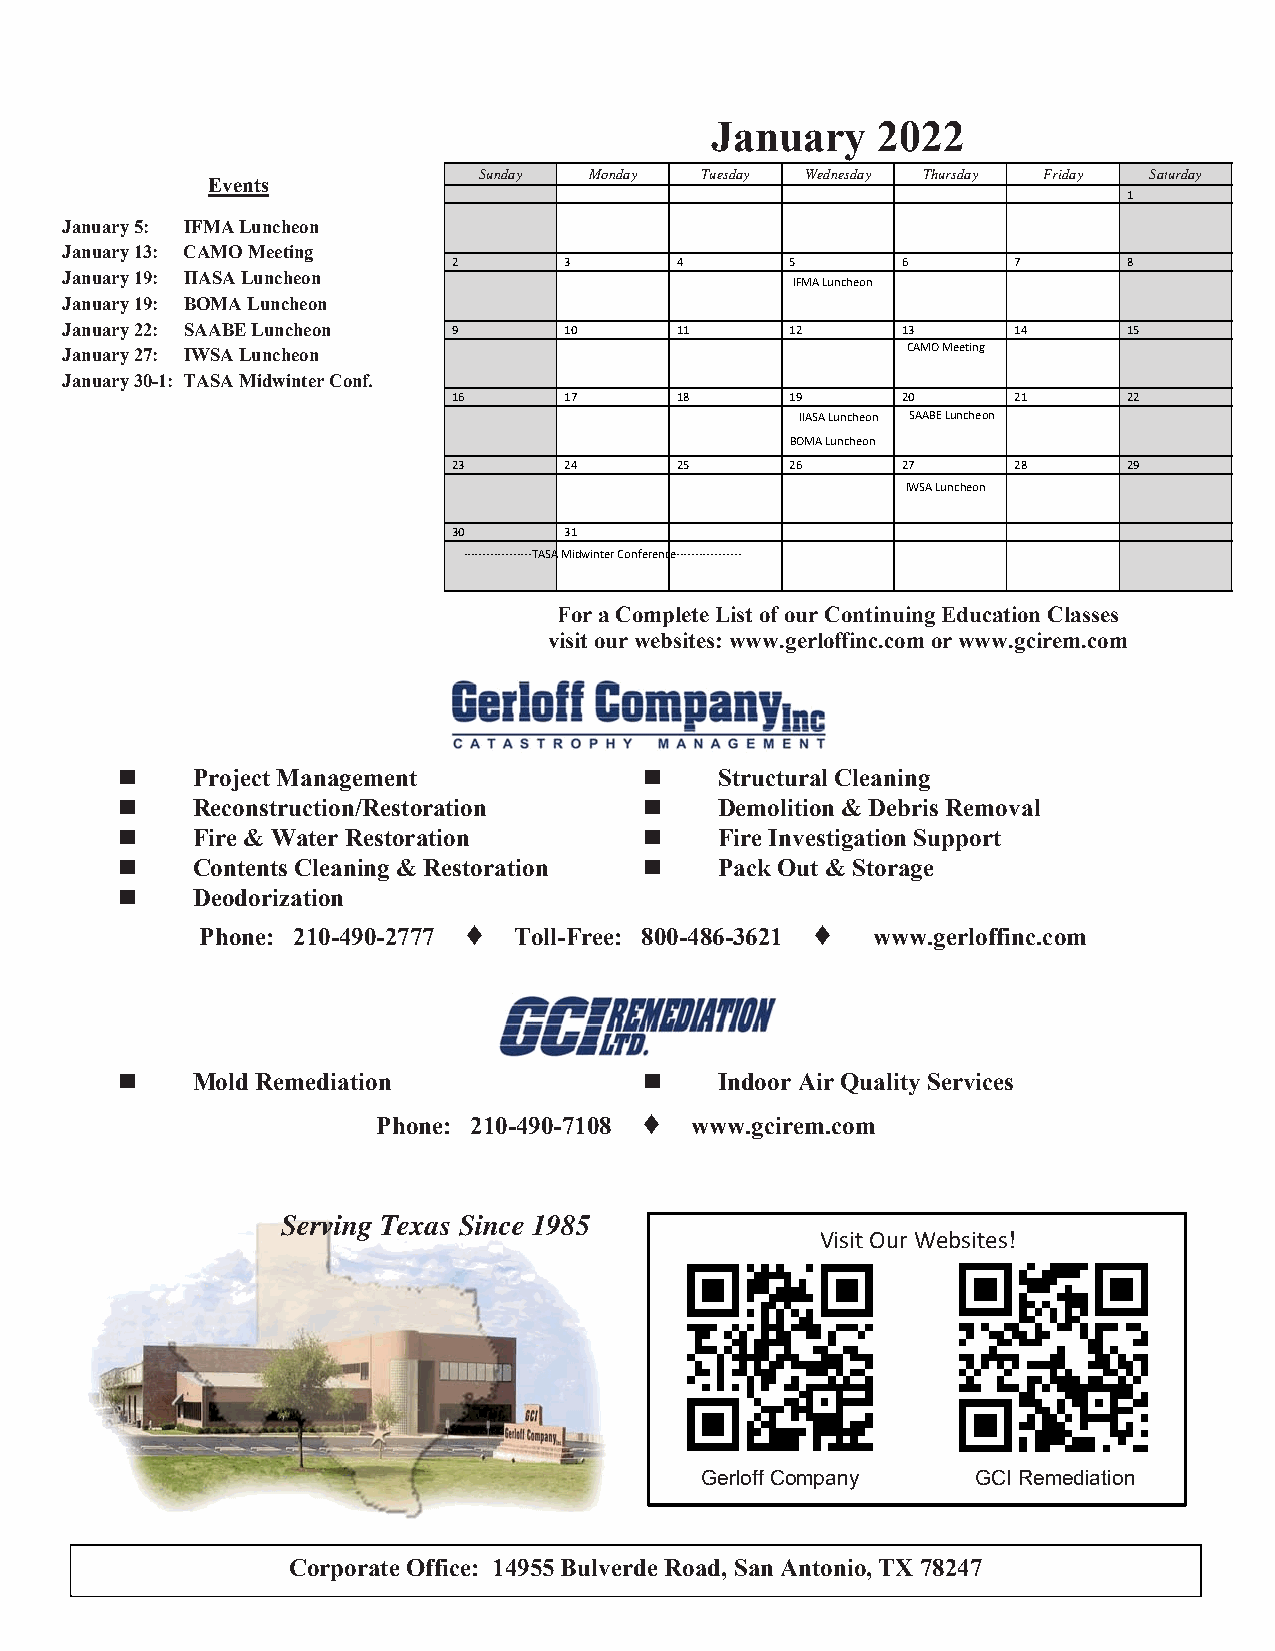
January    2022
 Eve nts
 Sunday Monday Tuesday Wednesday Thursday Friday Saturday
 1
 January 5: IFMA Luncheon
 January 13: CAMO Meeting
 2      3       4      5       6      7       8
 January 19: IIASA Luncheon
 IFMA Luncheon
 January 19: BOMA Luncheon
 January 22: SAABE Luncheon 9     10      11     12      13     14      15
 January 27: IWSA Luncheon                               CAMO Meeting
 January 30-1: TASA Midwinter Conf.
 16     17      18     19      20     21      22
 IIASA Lu ncheon SAABE Luncheon
 BOMA Luncheon
 23     24      25     26      27     28      29
 IWSA Luncheon
 30     31
 ‐‐‐‐‐‐‐‐‐‐‐‐‐‐‐‐‐‐TASA Midwinter Conference‐‐‐‐‐‐‐‐‐‐‐‐‐‐‐‐‐
 For a Complete List of our Continuing Education Classes
 visit our websites: www.gerloffinc.com or www.gcirem.com
   Project Management              Structural Cleaning
   Reconstruction/Restoration      Demolition & Debris Removal
   Fire & Water Restoration        Fire Investigation Support
   Contents Cleaning & Restoration  Pack Out & Storage
   Deodorization
 ♦                      ♦
 Phone: 210-490-2777  Toll-Free: 800-486-3621 www.gerloffinc.com
   Mold Remediation                Indoor Air Quality Services
 ♦
 Phone: 210-490-7108  www.gcirem.com
 Serving Texas Since 1985
 Visit Our Websites!
 Gerloff Company    GCI Remediation
 Corporate Office: 14955 Bulverde Road, San Antonio, TX 78247